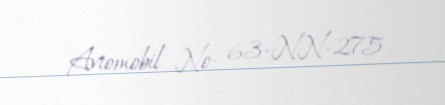
Avtomobil №: 63-NN-275